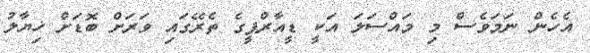
އެހެން ނަމަވެސް މި މައްސަލަ އަކީ ޑީއާރްޕީގެ ތެރޭގައި ވަރަށް ބޮޑަށް ޚިޔާލު